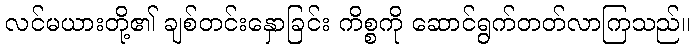
လင်မယားတို့၏ ချစ်တင်းနှောခြင်း ကိစ္စကို ဆောင်ရွက်တတ်လာကြသည်။